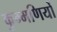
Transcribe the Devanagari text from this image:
कुम्मणियों